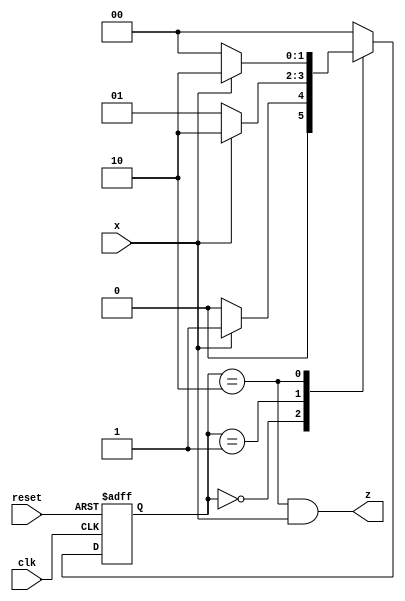
module digital_design (
    input wire clk,
    input wire reset,
    input wire x,
    output reg z
);

    parameter A = 2'b00,
              B = 2'b01,
              C = 2'b10;

    reg [1:0] current_state, next_state;

    always @(*) begin
        case (current_state)
            A: next_state = x ? B : A;
            B: next_state = x ? C : B;
            C: next_state = x ? C : A;
            default: next_state = A;
        endcase
    end

    always @(*) begin
        z = (current_state == C) & x;
    end

    always @(posedge clk or posedge reset) begin
        if (reset)
            current_state <= A;
        else
            current_state <= next_state;
    end

endmodule